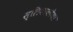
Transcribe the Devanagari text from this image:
स्लिवाकोया